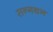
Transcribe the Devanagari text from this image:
सन्गथन